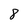
Character: 8